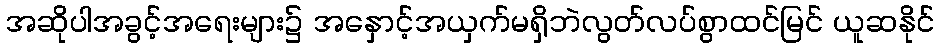
အဆိုပါအခွင့်အရေးများ၌ အနှောင့်အယှက်မရှိဘဲလွတ်လပ်စွာထင်မြင် ယူဆနိုင်